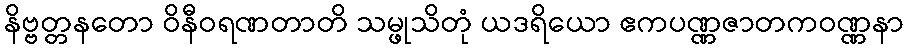
နိဗ္ဗတ္တနတော ဝိနီဝရဏတာတိ သမ္ဖုသိတုံ ယဒရိယော ဧကပဏ္ဏဇာတကဝဏ္ဏနာ